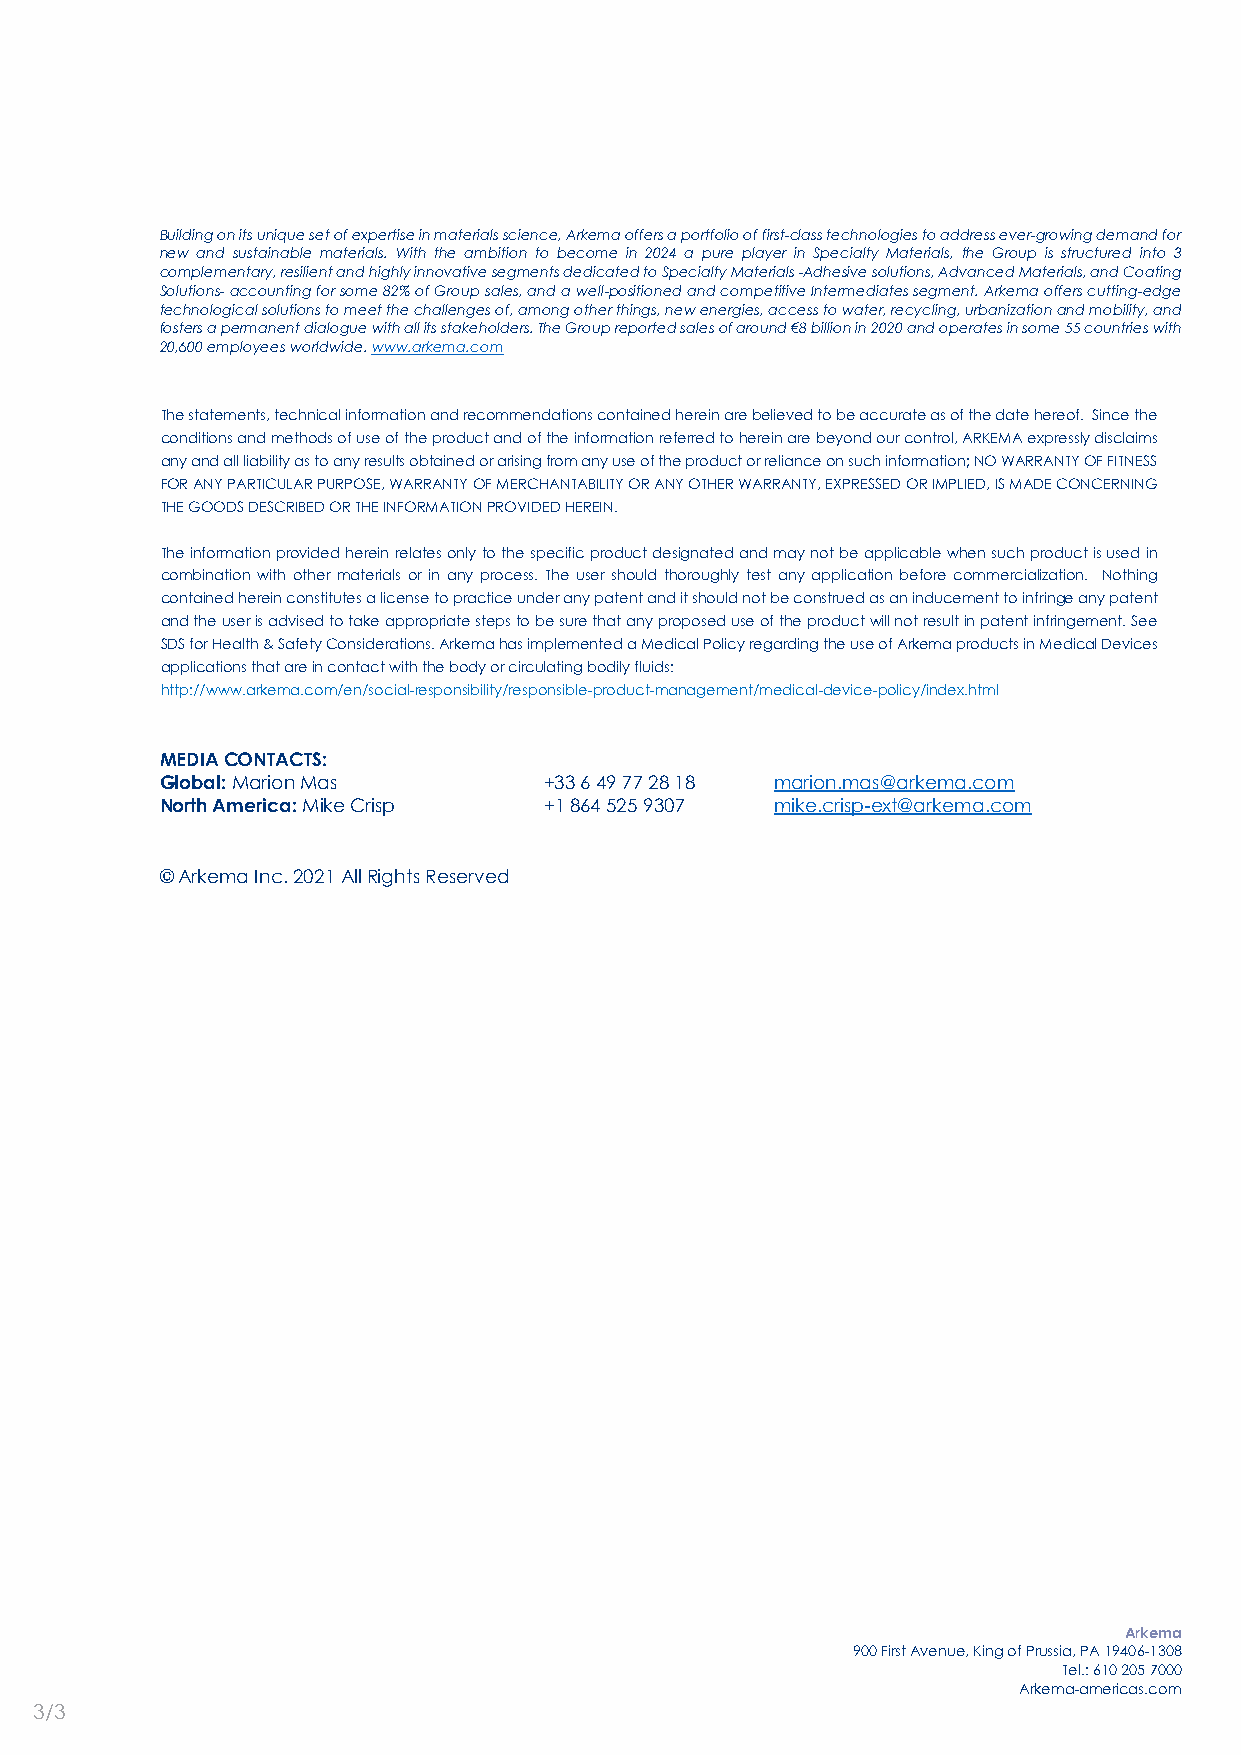
Building on its unique set of expertise in materials science, Arkema offers a portfolio of first-class technologies to address ever-growing demand for
 new and sustainable materials. With the ambition to become in 2024 a pure player in Specialty Materials, the Group is structured into 3
 complementary, resilient and highly innovative segments dedicated to Specialty Materials -Adhesive solutions, Advanced Materials, and Coating
 Solutions- accounting for some 82% of Group sales, and a well-positioned and competitive Intermediates segment. Arkema offers cutting-edge
 technological solutions to meet the challenges of, among other things, new energies, access to water, recycling, urbanization and mobility, and
 fosters a permanent dialogue with all its stakeholders. The Group reported sales of around €8 billion in 2020 and operates in some 55 countries with
 20,600 employees worldwide. www.arkema.com
 The statements, technical information and recommendations contained herein are believed to be accurate as of the date hereof. Since the
 conditions and methods of use of the product and of the information referred to herein are beyond our control, ARKEMA expressly disclaims
 any and all liability as to any results obtained or arising from any use of the product or reliance on such information; NO WARRANTY OF FITNESS
 FOR ANY PARTICULAR PURPOSE, WARRANTY OF MERCHANTABILITY OR ANY OTHER WARRANTY, EXPRESSED OR IMPLIED, IS MADE CONCERNING
 THE GOODS DESCRIBED OR THE INFORMATION PROVIDED HEREIN.
 The information provided herein relates only to the specific product designated and may not be applicable when such product is used in
 combination with other materials or in any process. The user should thoroughly test any application before commercialization. Nothing
 contained herein constitutes a license to practice under any patent and it should not be construed as an inducement to infringe any patent
 and the user is advised to take appropriate steps to be sure that any proposed use of the product will not result in patent infringement. See
 SDS for Health & Safety Considerations. Arkema has implemented a Medical Policy regarding the use of Arkema products in Medical Devices
 applications that are in contact with the body or circulating bodily fluids:
 http://www.arkema.com/en/social-responsibility/responsible-product-management/medical-device-policy/index.html
 MEDIA CONTACTS:
 Global: Marion Mas       +33 6 49 77 28 18 marion.mas@arkema.com
 North America: Mike Crisp +1 864 525 9307 mike.crisp-ext@arkema.com
 © Arkema Inc. 2021 All Rights Reserved
 Arkema
 900 First Avenue, King of Prussia, PA 19406-1308
 Tel.: 610 205 7000
 Arkema-americas.com
 3/3